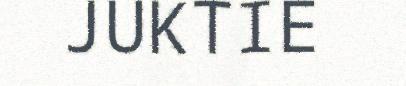
JUKTIE